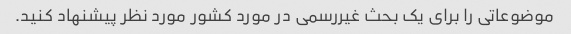
موضوعاتی را برای یک بحث غیررسمی در مورد کشور مورد نظر پیشنهاد کنید.